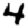
Digit: 4